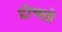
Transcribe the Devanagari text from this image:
टोचतो